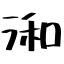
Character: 𣷓